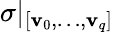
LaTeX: \sigma|_{[\mathbf{v}_{0},\ldots,\mathbf{v}_{q}]}